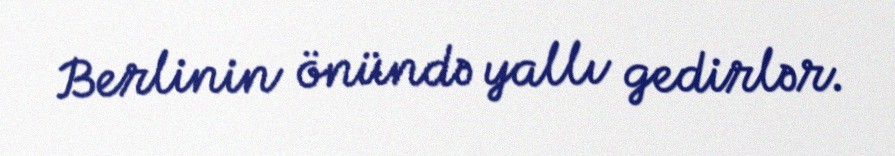
Berlinin önündə yallı gedirlər.